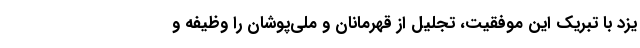
یزد با تبریک این موفقیت، تجلیل از قهرمانان و ملی‌پوشان را وظیفه و